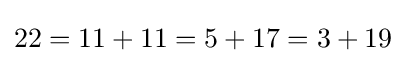
22=11+11=5+17=3+19